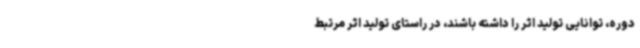
دوره، توانایی تولید اثر را داشته باشند، در راستای تولید اثر مرتبط